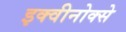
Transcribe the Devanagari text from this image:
इक्वीनोक्से